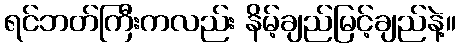
ရင်ဘတ်ကြီးကလည်း နိမ့်ချည်မြင့်ချည်နဲ့။